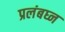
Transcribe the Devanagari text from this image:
प्रलंबघ्न